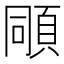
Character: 𩒗